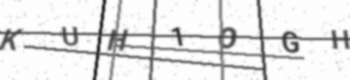
Text: KUH1OGH